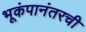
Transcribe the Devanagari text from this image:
भूकंपानंतरची